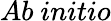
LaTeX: Ab\ initio